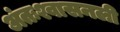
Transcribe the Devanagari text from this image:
अंतःश्वासनली